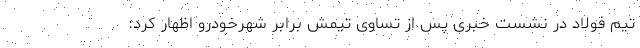
تیم فولاد در نشست خبری پس از تساوی تیمش برابر شهرخودرو اظهار کرد: